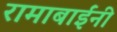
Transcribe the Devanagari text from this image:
रामाबाईंनी